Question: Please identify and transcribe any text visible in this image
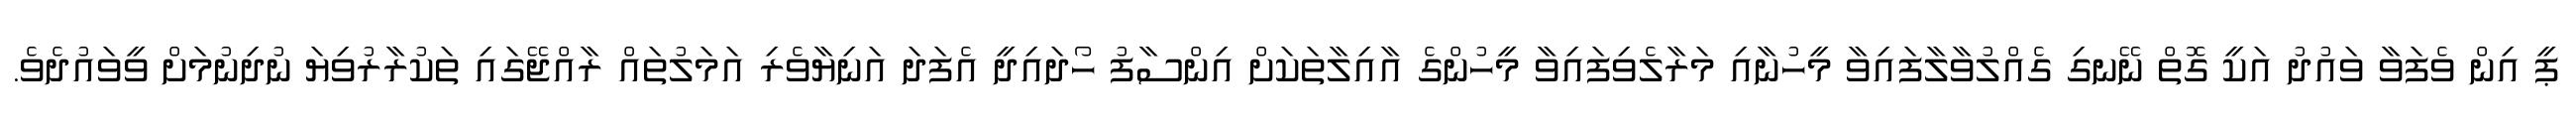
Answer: ޕީ އިން ވެފަވާ ވައުދު އަކީ ގޮތް ނޭނގި ގެއްލުވާލާފައިވާ މީހުނާއި މަރާލެވިފައިވާ މީހުންގެ އާއިލާތަކަށް އިންސާފު ހޯދައިދީ އެފަދަ އަނިޔާވެރި އަމަލުތައް ރާއްޖޭގައި ތަކުރާރުވިޔަ ނުދިނުމަށް ވީވައުދެވެ.